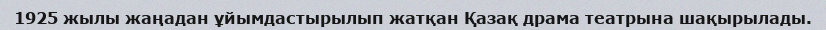
1925 жылы жаңадан ұйымдастырылып жатқан Қазақ драма театрына шақырылады.